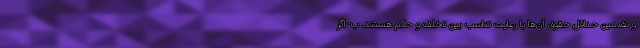
و تضمین حداقل حقوق آن‌ها با رعایت تناسب بین تخلف و حکم هستند. ب- اگر